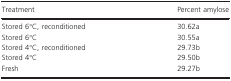
<table><thead><tr><td><b>Treatment</b></td><td><b>Percent amylose</b></td></tr></thead><tbody><tr><td>Stored 6°C, reconditioned</td><td>30.62a</td></tr><tr><td>Stored 6°C</td><td>30.55a</td></tr><tr><td>Stored 4°C, reconditioned</td><td>29.73b</td></tr><tr><td>Stored 4°C</td><td>29.50b</td></tr><tr><td>Fresh</td><td>29.27b</td></tr></tbody></table>